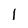
Character: I